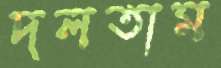
দলতাম